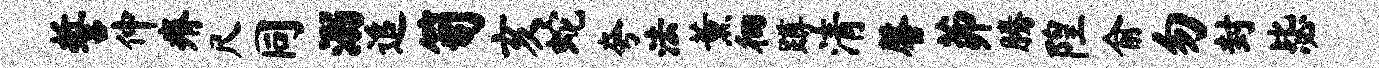
誓仲瘠尺同溺追笥亥蛇夸法薰徊蹲清馨茆腾隍俞勿封毖